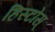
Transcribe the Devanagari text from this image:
हिस्टोस्‌